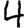
Digit: 4